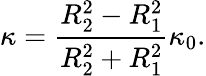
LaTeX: \kappa=\frac{R_{2}^{2}-R_{1}^{2}}{R_{2}^{2}+R_{1}^{2}}\kappa_{0}.